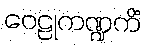
ဝေဠုကဏ္ဍကိံ